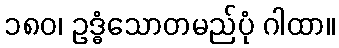
၁၈၀၊ ဥဒ္ဓံသောတမည်ပုံ ဂါထာ။